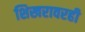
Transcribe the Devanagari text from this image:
शिखरावरही